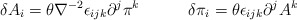
\begin{align*}\delta A_i = \theta \nabla^{-2} \epsilon_{ijk} \partial^j \pi^k \quad \qquad \delta \pi_i = \theta \epsilon_{ijk} \partial^j A^k\end{align*}